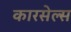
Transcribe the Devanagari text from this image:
कारसेल्स